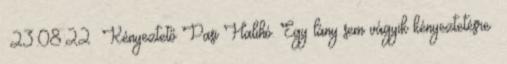
23:08:22 Kényeztető Pasi Halihó. Egy lány sem vágyik kényeztetésre